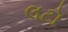
લટૉ